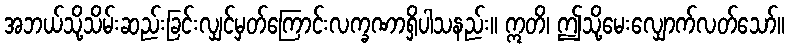
အဘယ်သို့သိမ်းဆည်းခြင်းလျှင်မှတ်ကြောင်းလက္ခဏာရှိပါသနည်း။ ဣတိ၊ ဤသို့မေးလျှောက်လတ်သော်။